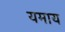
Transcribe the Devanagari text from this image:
यमाय